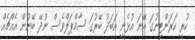
ހުރީ ކަރަންޓީނުގަ އޭނަ އުޅެނީ އަބަދު ބޭރުގަ ސާމްޕަލްވެސް ނުދޭ ބޭނުން އެއްޗެއް